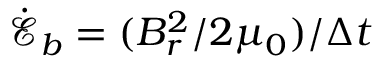
\dot { \mathcal { E } } _ { b } = ( B _ { r } ^ { 2 } / 2 \mu _ { 0 } ) / \Delta t